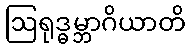
ဩရုဒ္ဓမ္ဘာဂိယာတိ